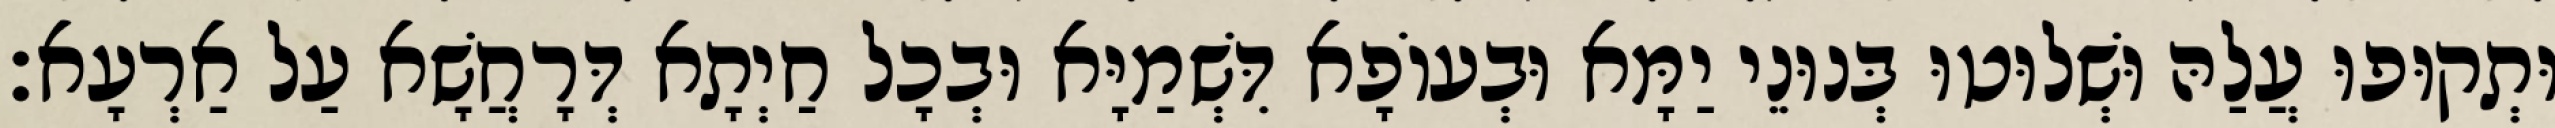
וּתְקוּפוּ עֲלַהּ וּשְׁלוּטוּ בְּנוּנֵי יַמָּא וּבְעוֹפָא דִּשְׁמַיָּא וּבְכָל חַיְתָא דְּרָחֲשָׁא עַל אַרְעָא׃